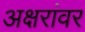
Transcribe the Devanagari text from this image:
अक्षरांवर